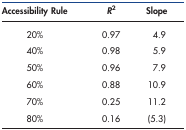
| Accessibility Rule | R2 | Slope |
 | --- | --- | --- |
 | 20% | 0.97 | 4.9 |
 | 40% | 0.98 | 5.9 |
 | 50% | 0.96 | 7.9 |
 | 60% | 0.88 | 10.9 |
 | 70% | 0.25 | 11.2 |
 | 80% | 0.16 | (5.3) |